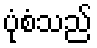
ပုံစံသည်